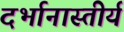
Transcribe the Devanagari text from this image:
दर्भानास्तीर्य